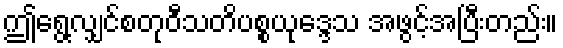
ဤရွေ့လျှင်စတုဝီသတိပစ္စယုဒ္ဒေသ အဖွင့်အပြီးတည်း။